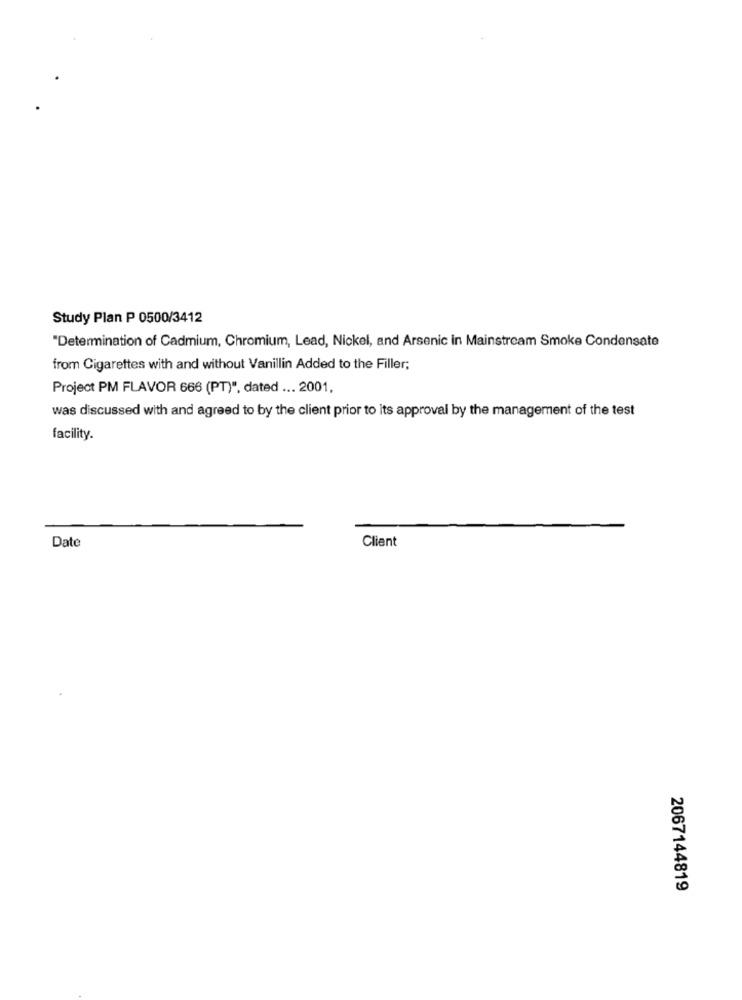
Study Plan P 0500/3412
"Determination of Cadmium, Chromium, Lead, Nickel, and Arsenic in Mainstream Smoke Condensate
from Cigarettes with and without Vanillin Added to the Filler;
Project PM FLAVOR 666 (PT)", dated ... 2001,
was discussed with and agreed to by the client prior to its approval by the management of the test
facility.
Client
Date
2067144819